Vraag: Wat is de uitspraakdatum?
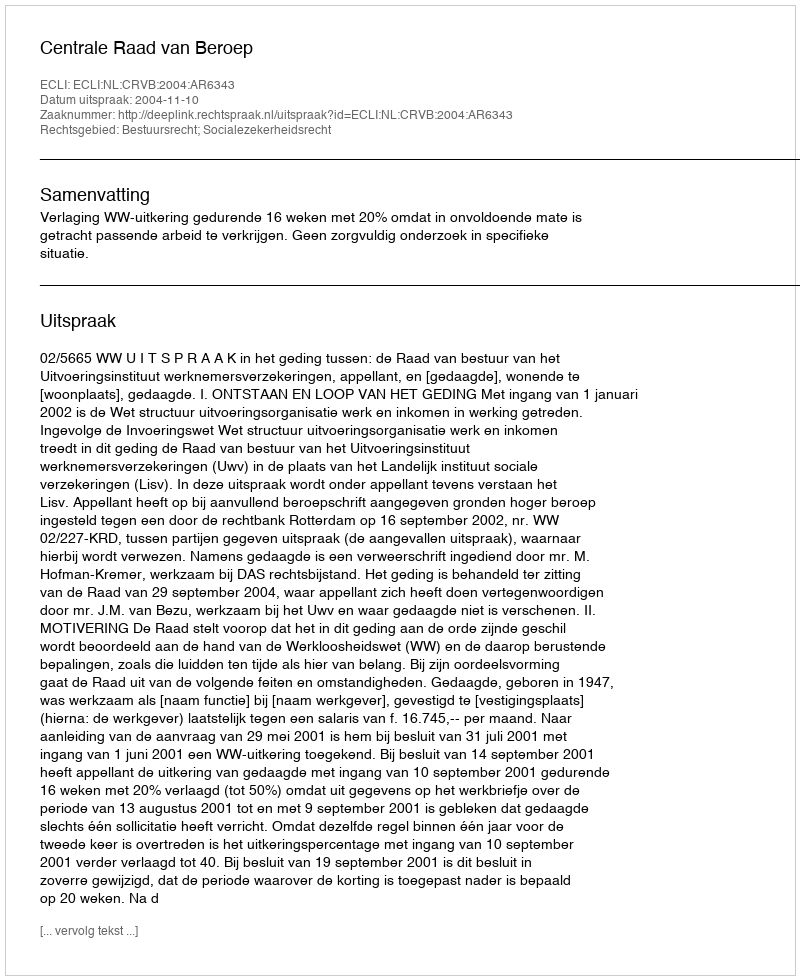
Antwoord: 2004-11-10